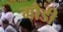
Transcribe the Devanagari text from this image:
मौंडी